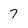
Character: 7